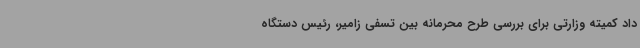
داد کمیته وزارتی برای بررسی طرح محرمانه بین تسفی زامیر، رئیس دستگاه